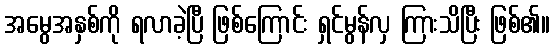
အမွေအနှစ်ကို ရလာခဲ့ပြီ ဖြစ်ကြောင်း ရှင်မွန်လှ ကြားသိပြီး ဖြစ်၏။